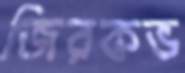
জিরকভ